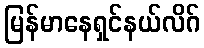
မြန်မာနေရှင်နယ်လိဂ်